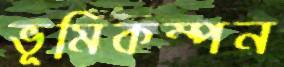
ভূমিকম্পন